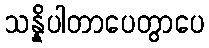
သန္နိပါတာပေတွာပေ